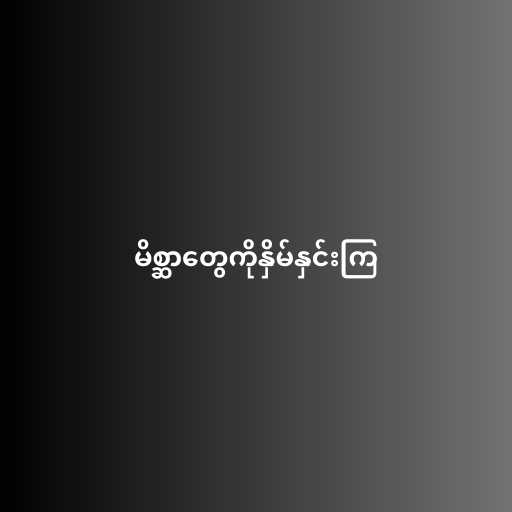
မိစ္ဆာတွေကိုနှိမ်နှင်းကြ